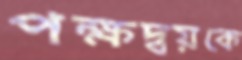
পক্ষদ্বয়কে